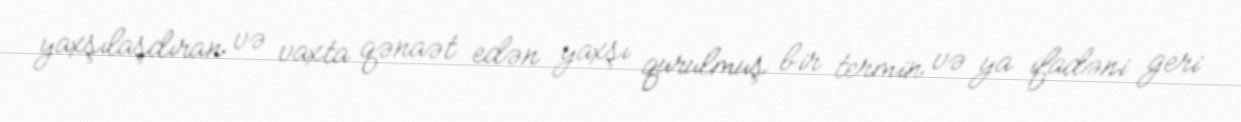
yaxşılaşdıran və vaxta qənaət edən yaxşı qurulmuş bir termin və ya ifadəni geri